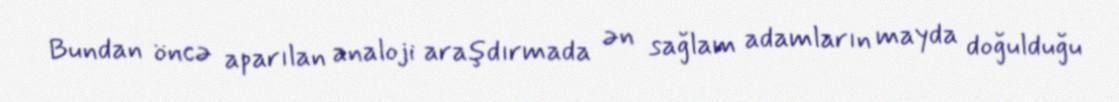
Bundan öncə aparılan analoji araşdırmada ən sağlam adamların mayda doğulduğu